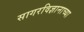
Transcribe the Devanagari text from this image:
सागरविज्ञानाच्या